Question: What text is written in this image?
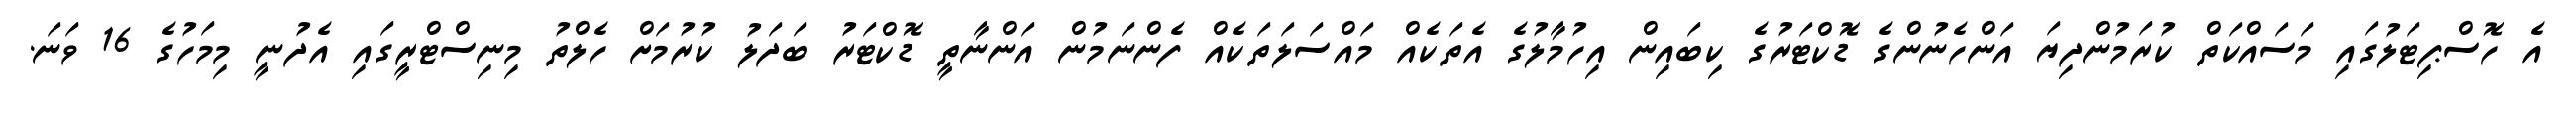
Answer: އެ ހޮސްޕިޓަލުގައި މަސައްކަތް ކުރަމުންދިޔަ އަންހެނުންގެ ޑޮކްޓަރުގެ ކިބައިން އިހުމާލުގެ އެތަކެއް މައްސަލަތަކެއް ފެންނަމުން އަންނާތީ ޑޮކްޓަރު ބަދަލު ކުރުމަށް ހެލްތު މިނިސްޓްރީގައި އެދުނީ މިމަހުގެ 16 ވަނަ.